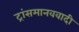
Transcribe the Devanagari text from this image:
ट्रांसमानववादी